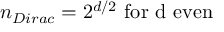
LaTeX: n _ { D i r a c } = 2 ^ { d / 2 } \mathrm { ~ f o r ~ d ~ e v e n }